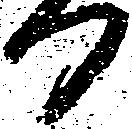
日